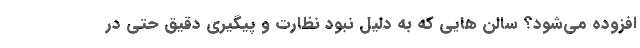
افزوده می‌شود؟ سالن هایی که به دلیل نبود نظارت و پیگیری دقیق حتی در